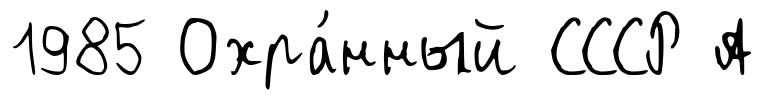
1985 Охра́нный СССР А